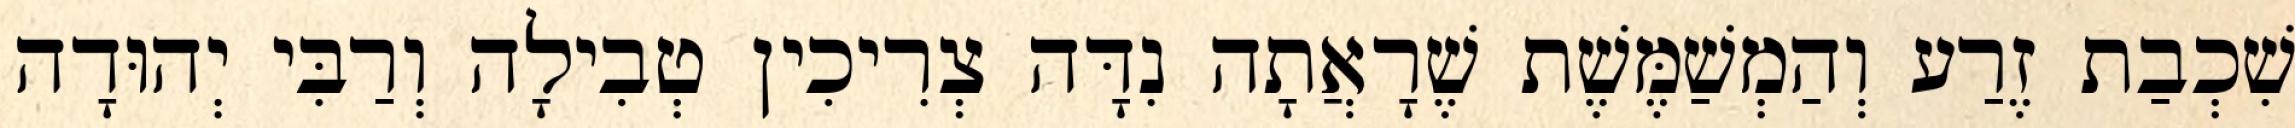
שִׁכְבַת זֶרַע וְהַמְשַׁמֶּשֶׁת שֶׁרָאֲתָה נִדָּה צְרִיכִין טְבִילָה וְרַבִּי יְהוּדָה